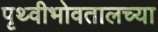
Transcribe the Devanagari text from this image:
पृथ्वीभोवतालच्या